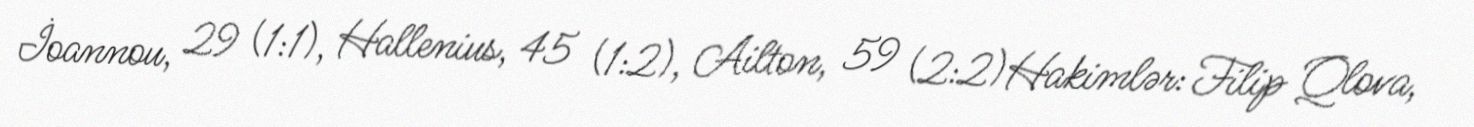
İoannou, 29 (1:1), Hallenius, 45 (1:2), Ailton, 59 (2:2)Hakimlər: Filip Qlova,